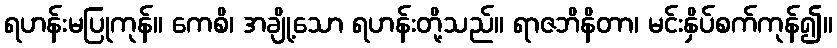
ရဟန်းမပြုကုန်။ ကေစိ၊ အချို့သော ရဟန်းတို့သည်။ ရာဇဘိနိတာ၊ မင်းနှိပ်စက်ကုန်၍။